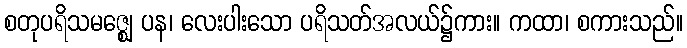
စတုပရိသမဇ္ဈေ ပန၊ လေးပါးသော ပရိသတ်အလယ်၌ကား။ ကထာ၊ စကားသည်။